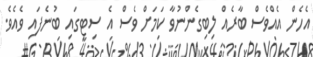
އެހެން އެއްވެސް ބާރެއް ލިބިގެންނުވާ ކަމަށް ވެސް އެ ސިޓީގައި ބުނެފައި ވެއެވެ.